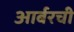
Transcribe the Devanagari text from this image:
आर्बरची